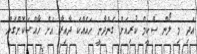
އަދި މި ލޯން ސްކީމް ކުރިއަށް ގެންދާނީ ހައެއްކަ ދާއިރާ އަށް ހާއްސަކޮށްގެން